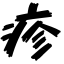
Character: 疹